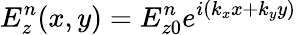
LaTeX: E_{z}^{n}(x,y)=E_{z0}^{n}e^{i(k_{x}x+k_{y}y)}